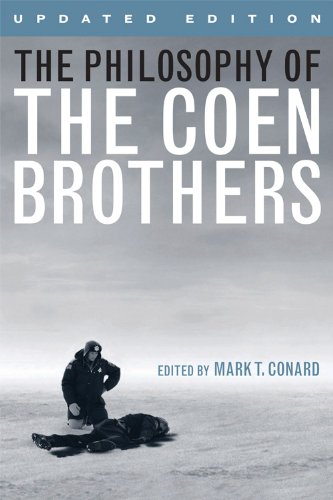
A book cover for The Philosophy of the Coen Brothers (Philosophy Of Popular Culture); Humor & Entertainment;